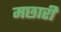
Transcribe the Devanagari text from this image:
मछारी